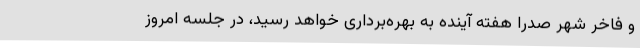
و فاخر شهر صدرا هفته آینده به بهره‌برداری خواهد رسید، در جلسه امروز